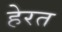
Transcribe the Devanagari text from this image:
हेरत